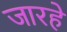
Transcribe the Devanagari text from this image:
जारहे